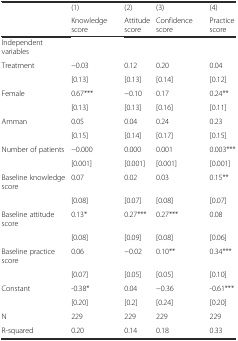
<table><thead><tr><td></td><td><b>(1)</b></td><td><b>(2)</b></td><td><b>(3)</b></td><td><b>(4)</b></td></tr><tr><td></td><td><b>Knowledge score</b></td><td><b>Attitude score</b></td><td><b>Confidence score</b></td><td><b>Practice score</b></td></tr></thead><tbody><tr><td>Independent variables</td><td></td><td></td><td></td><td></td></tr><tr><td>Treatment</td><td>−0.03</td><td>0.12</td><td>0.20</td><td>0.04</td></tr><tr><td></td><td>[0.13]</td><td>[0.13]</td><td>[0.14]</td><td>[0.12]</td></tr><tr><td>Female</td><td>0.67***</td><td>−0.10</td><td>0.17</td><td>0.24**</td></tr><tr><td></td><td>[0.13]</td><td>[0.13]</td><td>[0.16]</td><td>[0.11]</td></tr><tr><td>Amman</td><td>0.05</td><td>0.04</td><td>0.24</td><td>0.23</td></tr><tr><td></td><td>[0.15]</td><td>[0.14]</td><td>[0.17]</td><td>[0.15]</td></tr><tr><td>Number of patients</td><td>−0.000</td><td>0.000</td><td>0.001</td><td>0.003***</td></tr><tr><td></td><td>[0.001]</td><td>[0.001]</td><td>[0.001]</td><td>[0.001]</td></tr><tr><td>Baseline knowledge score</td><td>0.07</td><td>0.02</td><td>0.03</td><td>0.15**</td></tr><tr><td></td><td>[0.08]</td><td>[0.07]</td><td>[0.08]</td><td>[0.07]</td></tr><tr><td>Baseline attitude score</td><td>0.13*</td><td>0.27***</td><td>0.27***</td><td>0.08</td></tr><tr><td></td><td>[0.08]</td><td>[0.09]</td><td>[0.08]</td><td>[0.06]</td></tr><tr><td>Baseline practice score</td><td>0.06</td><td>−0.02</td><td>0.10**</td><td>0.34***</td></tr><tr><td></td><td>[0.07]</td><td>[0.05]</td><td>[0.05]</td><td>[0.10]</td></tr><tr><td>Constant</td><td>-0.38*</td><td>0.04</td><td>−0.36</td><td>-0.61***</td></tr><tr><td></td><td>[0.20]</td><td>[0.2]</td><td>[0.24]</td><td>[0.20]</td></tr><tr><td>N</td><td>229</td><td>229</td><td>229</td><td>229</td></tr><tr><td>R-squared</td><td>0.20</td><td>0.14</td><td>0.18</td><td>0.33</td></tr></tbody></table>